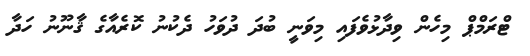
ޓްރަމްޕް މިހެން ވިދާޅުވެފައި މިވަނީ ބުދަ ދުވަހު ދެކުނު ކޮރެއާގެ ޤާނޫނު ހަދާ